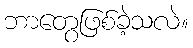
ဘာတွေဖြစ်ခဲ့သလဲ။